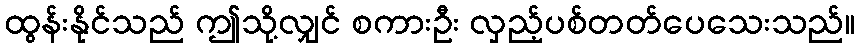
ထွန်းနိုင်သည် ဤသို့လျှင် စကားဦး လှည့်ပစ်တတ်ပေသေးသည်။